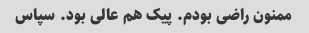
ممنون راضی بودم. پیک هم عالی بود. سپاس